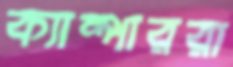
ক্যাম্পাররা